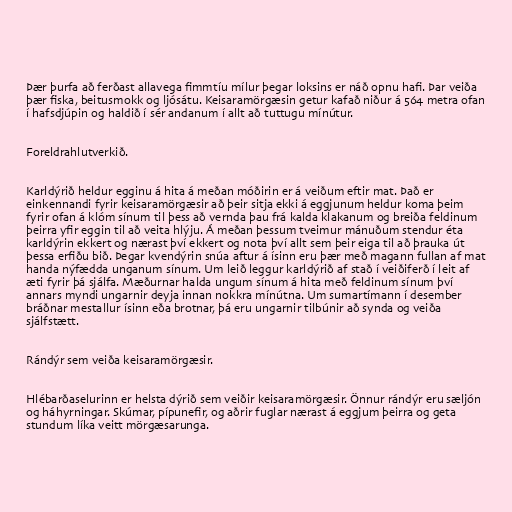
Þær þurfa að ferðast allavega fimmtíu mílur þegar loksins er náð opnu hafi. Þar veiða
þær fiska, beitusmokk og ljósátu. Keisaramörgæsin getur kafað niður á 564 metra ofan
í hafsdjúpin og haldið í sér andanum í allt að tuttugu mínútur.

Foreldrahlutverkið.

Karldýrið heldur egginu á hita á meðan móðirin er á veiðum eftir mat. Það er
einkennandi fyrir keisaramörgæsir að þeir sitja ekki á eggjunum heldur koma þeim
fyrir ofan á klóm sínum til þess að vernda þau frá kalda klakanum og breiða feldinum
þeirra yfir eggin til að veita hlýju. Á meðan þessum tveimur mánuðum stendur éta
karldýrin ekkert og nærast því ekkert og nota því allt sem þeir eiga til að þrauka út
þessa erfiðu bið. Þegar kvendýrin snúa aftur á ísinn eru þær með magann fullan af mat
handa nýfædda unganum sínum. Um leið leggur karldýrið af stað í veiðiferð í leit af
æti fyrir þá sjálfa. Mæðurnar halda ungum sínum á hita með feldinum sínum því
annars myndi ungarnir deyja innan nokkra mínútna. Um sumartímann í desember
bráðnar mestallur ísinn eða brotnar, þá eru ungarnir tilbúnir að synda og veiða
sjálfstætt.

Rándýr sem veiða keisaramörgæsir.

Hlébarðaselurinn er helsta dýrið sem veiðir keisaramörgæsir. Önnur rándýr eru sæljón
og háhyrningar. Skúmar, pípunefir, og aðrir fuglar nærast á eggjum þeirra og geta
stundum líka veitt mörgæsarunga.